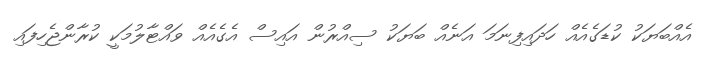
އެއްބަޔަކު ކުޑަގެއެއް ހަދައިފިނަމަ އަނެއް ބަޔަކު ސިއްރުން އައިސް އެގެއެއް ވައްޓާލުމަކީ ކުރާންޖެހިފައި